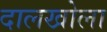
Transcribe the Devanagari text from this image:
दालखोला